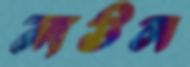
লউন